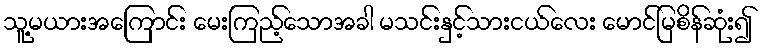
သူ့မယားအကြောင်း မေးကြည့်သောအခါ မသင်းနှင့်သားငယ်လေး မောင်မြစိန်ဆုံး၍